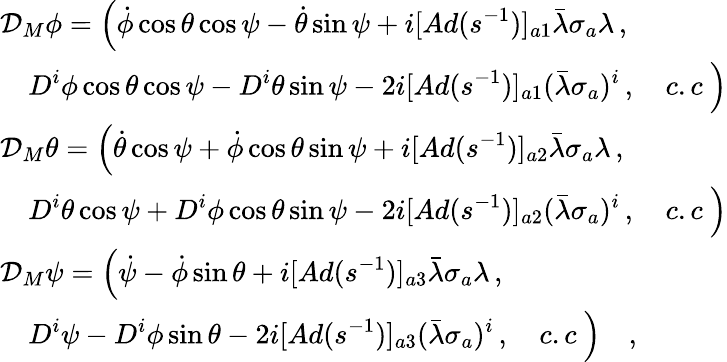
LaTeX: \begin{array}{l}{{\displaystyle{\cal D}_{M}\phi=\Bigl(\dot{\phi}\cos\theta\cos\psi-\dot{\theta}\sin\psi+i[Ad(s^{-1})]_{a1}\bar{\lambda}\sigma_{a}\lambda\, ,}}\\ {{\displaystyle\quad D^{i}\phi\cos\theta\cos\psi-D^{i}\theta\sin\psi-2i[Ad(s^{-1})]_{a1}(\bar{\lambda}\sigma_{a})^{i}\, ,\quad c.c\ \Bigr)}}\\ {{\displaystyle{\cal D}_{M}\theta=\Bigl(\dot{\theta}\cos\psi+\dot{\phi}\cos\theta\sin\psi+i[Ad(s^{-1})]_{a2}\bar{\lambda}\sigma_{a}\lambda\, ,}}\\ {{\displaystyle\quad D^{i}\theta\cos\psi+D^{i}\phi\cos\theta\sin\psi-2i[Ad(s^{-1})]_{a2}(\bar{\lambda}\sigma_{a})^{i}\, ,\quad c.c\ \Bigr)}}\\ {{\displaystyle{\cal D}_{M}\psi=\Bigl(\dot{\psi}-\dot{\phi}\sin\theta+i[Ad(s^{-1})]_{a3}\bar{\lambda}\sigma_{a}\lambda\, ,}}\\ {{\displaystyle\quad D^{i}\psi-D^{i}\phi\sin\theta-2i[Ad(s^{-1})]_{a3}(\bar{\lambda}\sigma_{a})^{i}\, ,\quad c.c\ \Bigr)\quad,}}\end{array}